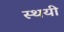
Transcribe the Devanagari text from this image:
स्थयी